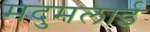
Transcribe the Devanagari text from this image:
मदुमलाई